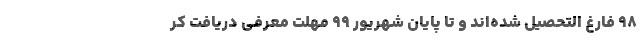
۹۸ فارغ التحصیل شده‌اند و تا پایان شهریور ۹۹ مهلت معرفی دریافت کر